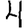
Digit: 4